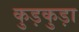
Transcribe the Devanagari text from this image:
कुड़कुड़ा